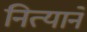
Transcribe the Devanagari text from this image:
नित्याने